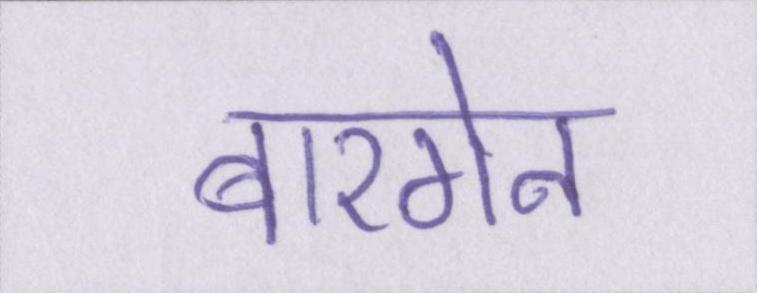
बारगेन